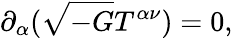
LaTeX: \partial_{\alpha}(\sqrt{-G}T^{\alpha\nu})=0,